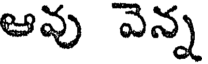
ఆవు వెన్న